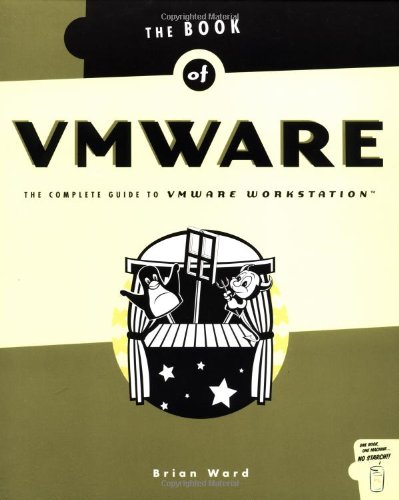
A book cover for The Book of VMware: The Complete Guide to VMware Workstation; Brian Ward; Computers & Technology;